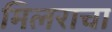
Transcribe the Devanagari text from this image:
मिलराचा